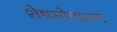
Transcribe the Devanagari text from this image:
शेषगोपालन